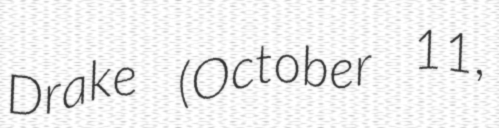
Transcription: Drake (October 11,